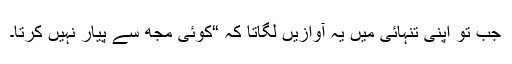
جب تو اپنی تنہائی میں یہ آوازیں لگاتا کہ “کوئی مجھ سے پیار نہیں کرتا۔